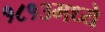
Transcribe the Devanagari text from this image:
१८१३मध्ये